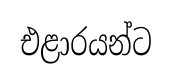
එළාරයන්ට